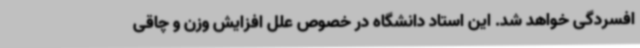
افسردگی خواهد شد. این استاد دانشگاه در خصوص علل افزایش وزن و چاقی